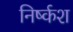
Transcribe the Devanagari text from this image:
निर्ष्कश